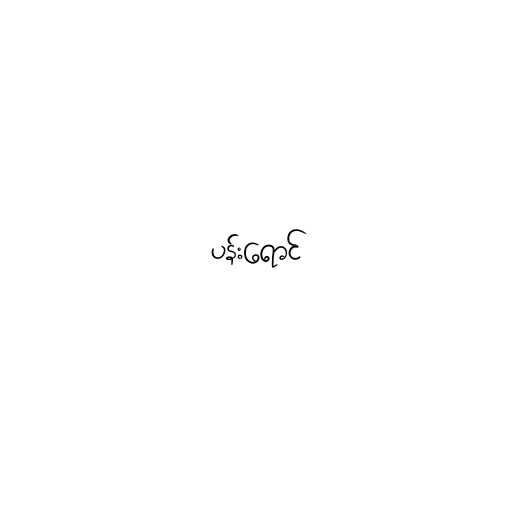
ပန်းရောင်